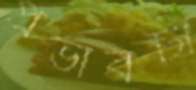
প্রভাবটা